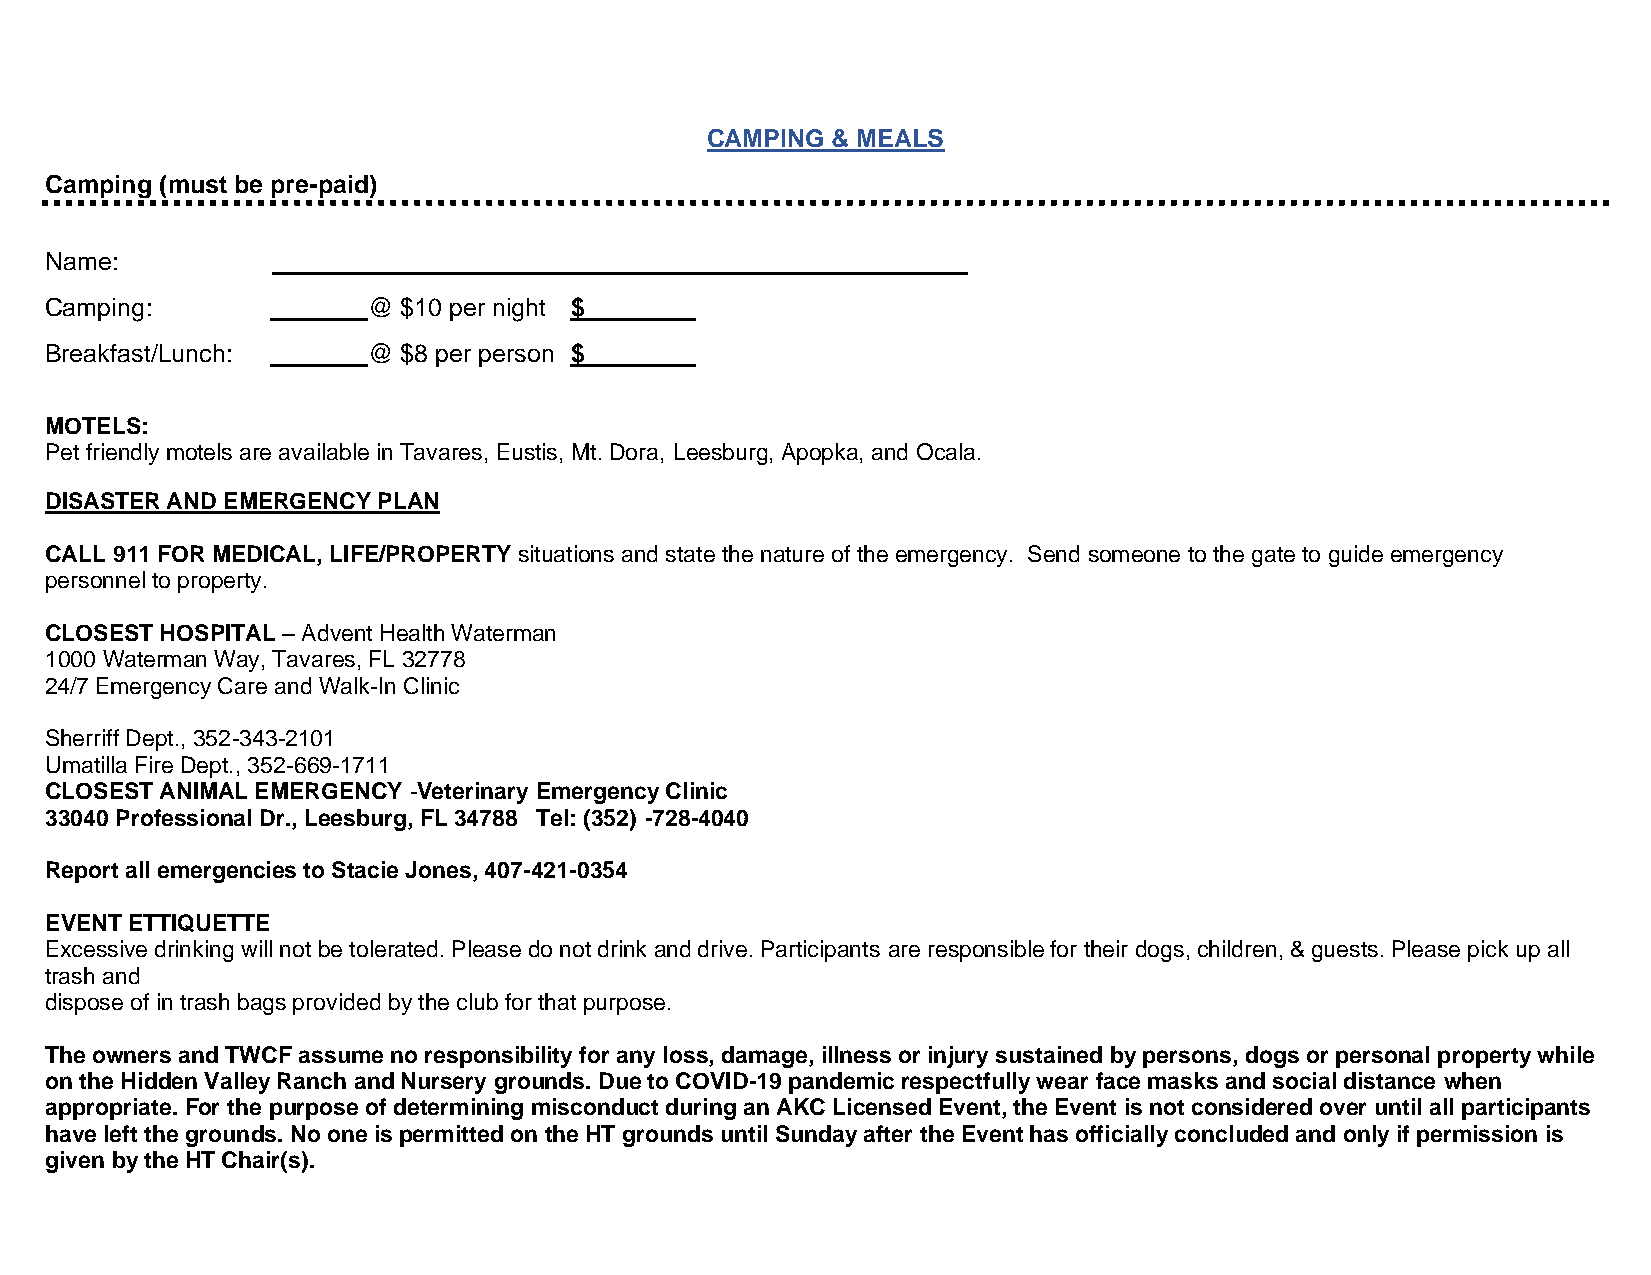
CAMPING & MEALS
 Camping (must be pre-paid)
 Name:          __________________________________________________
 Camping:       _______@ $10 per night $________
 Breakfast/Lunch: _______@ $8 per person $________
 MOTELS:
 Pet friendly motels are available in Tavares, Eustis, Mt. Dora, Leesburg, Apopka, and Ocala.
 DISASTER AND EMERGENCY PLAN
 CALL 911 FOR MEDICAL, LIFE/PROPERTY situations and state the nature of the emergency. Send someone to the gate to guide emergency
 personnel to property.
 CLOSEST HOSPITAL – Advent Health Waterman
 1000 Waterman Way, Tavares, FL 32778
 24/7 Emergency Care and Walk-In Clinic
 Sherriff Dept., 352-343-2101
 Umatilla Fire Dept., 352-669-1711
 CLOSEST ANIMAL EMERGENCY -Veterinary Emergency Clinic
 33040 Professional Dr., Leesburg, FL 34788 Tel: (352) -728-4040
 Report all emergencies to Stacie Jones, 407-421-0354
 EVENT ETTIQUETTE
 Excessive drinking will not be tolerated. Please do not drink and drive. Participants are responsible for their dogs, children, & guests. Please pick up all
 trash and
 dispose of in trash bags provided by the club for that purpose.
 The owners and TWCF assume no responsibility for any loss, damage, illness or injury sustained by persons, dogs or personal property while
 on the Hidden Valley Ranch and Nursery grounds. Due to COVID-19 pandemic respectfully wear face masks and social distance when
 appropriate. For the purpose of determining misconduct during an AKC Licensed Event, the Event is not considered over until all participants
 have left the grounds. No one is permitted on the HT grounds until Sunday after the Event has officially concluded and only if permission is
 given by the HT Chair(s).